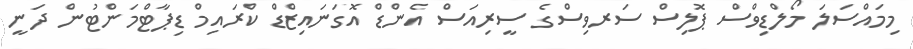
މިމައްސަލަ މޯލްޑިވްސް ޕޮލިސް ސަރވިސްގެ ސީރިއަސް އެންޑް އޮގަނައިޒްޑް ކްރައިމް ޑިޕާޓްމަންޓުން ދަނީ